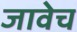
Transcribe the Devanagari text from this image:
जावेच